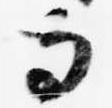
寺